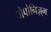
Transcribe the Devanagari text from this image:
जेपोनिज़्म